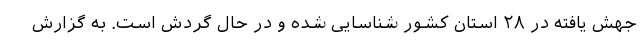
جهش یافته در ۲۸ استان کشور شناسایی شده و در حال گردش است. به گزارش